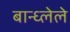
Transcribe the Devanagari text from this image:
बान्ध्लेले